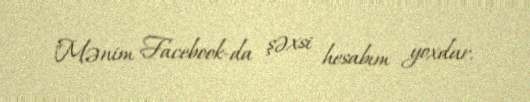
"Mənim Facebook-da şəxsi hesabım yoxdur.